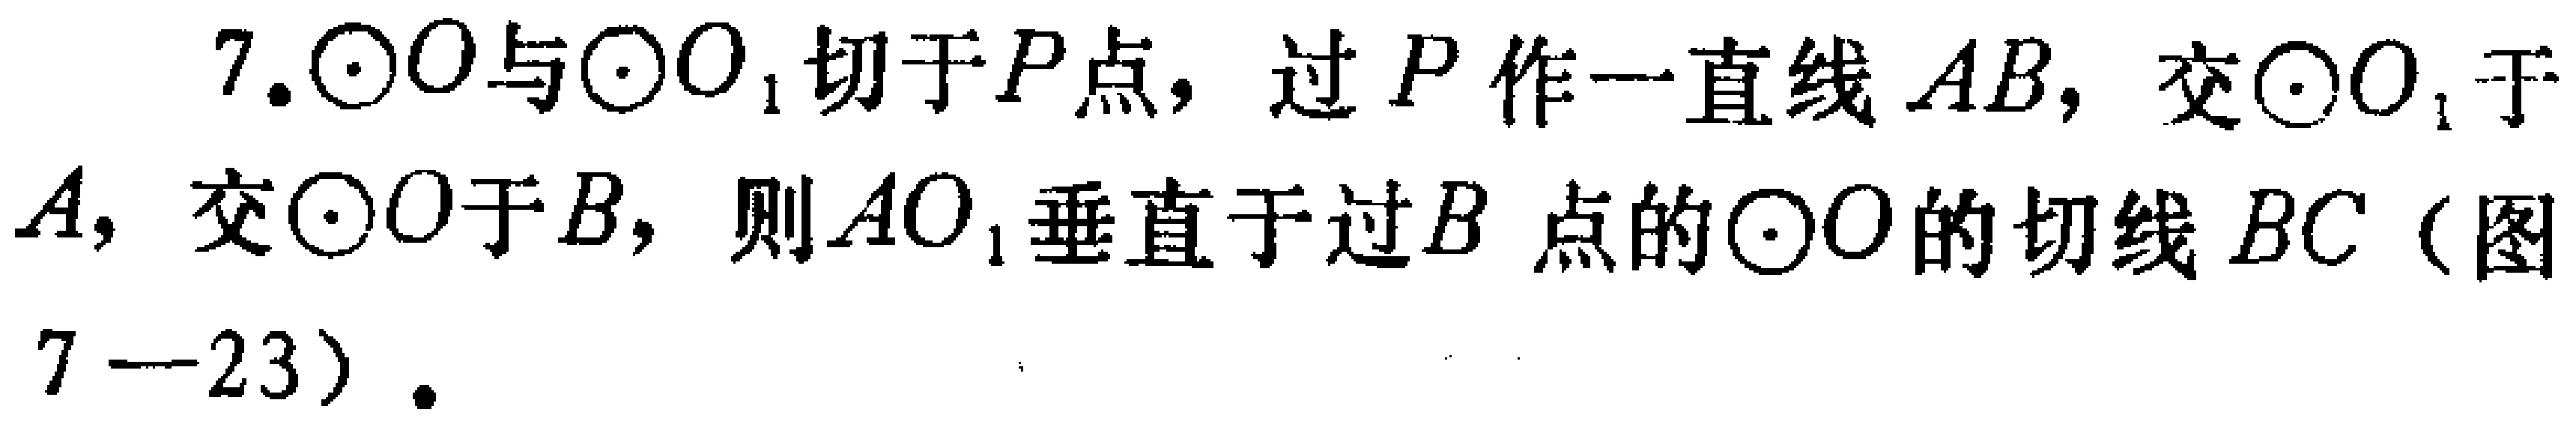
7.$\odot O$与$\odot O_{1}$切于$P$点，过$P$作一直线$AB$，交$\odot O_{1}$于$A$，交$\odot O$于$B$，则$AO_{1}$垂直于过$B$点的$\odot O$的切线$BC$（图7 - 23）.